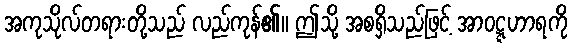
အကုသိုလ်တရားတို့သည် လည်ကုန်၏။ ဤသို့ အစရှိသည်ဖြင့် အာဝဋ္ဋဟာရကို